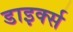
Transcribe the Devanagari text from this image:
डाइर्क्स